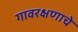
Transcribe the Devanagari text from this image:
गावरक्षणाचे